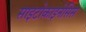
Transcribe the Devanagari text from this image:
साइटोकाइनेसिस